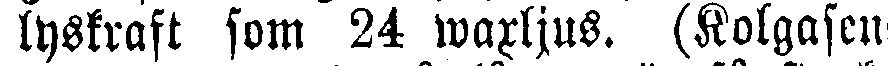
lyskraft som 24 warljus. (Kolgasens